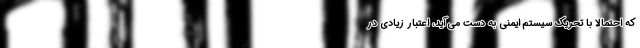
که احتمالاً با تحریکِ سیستمِ ایمنی به دست می‌آید، اعتبارِ زیادی در